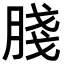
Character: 䏼